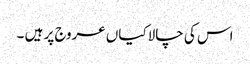
اس کی چالاکیاں عروج پر ہیں ۔